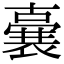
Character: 𭋛